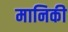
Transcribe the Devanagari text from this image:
मानिकी